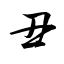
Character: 丑